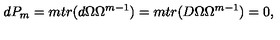
d P _ { m } = m t r ( d \Omega \Omega ^ { m - 1 } ) = m t r ( D \Omega \Omega ^ { m - 1 } ) = 0 ,